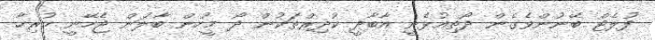
ފުލެޓް ބޭނުންވެގެން ދޯތިއުޅެނީ އާބާދީ ކުދިރްތަކުން ދޯ މީހުން ބާލަން ޖެހޭނީ ހުރިހާ